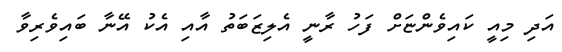
އަދި މިއީ ކައިވެންޏަށް ފަހު ރާނީ އެލިޒަބަތު އާއި އެކު އޭނާ ބައިވެރިވާ